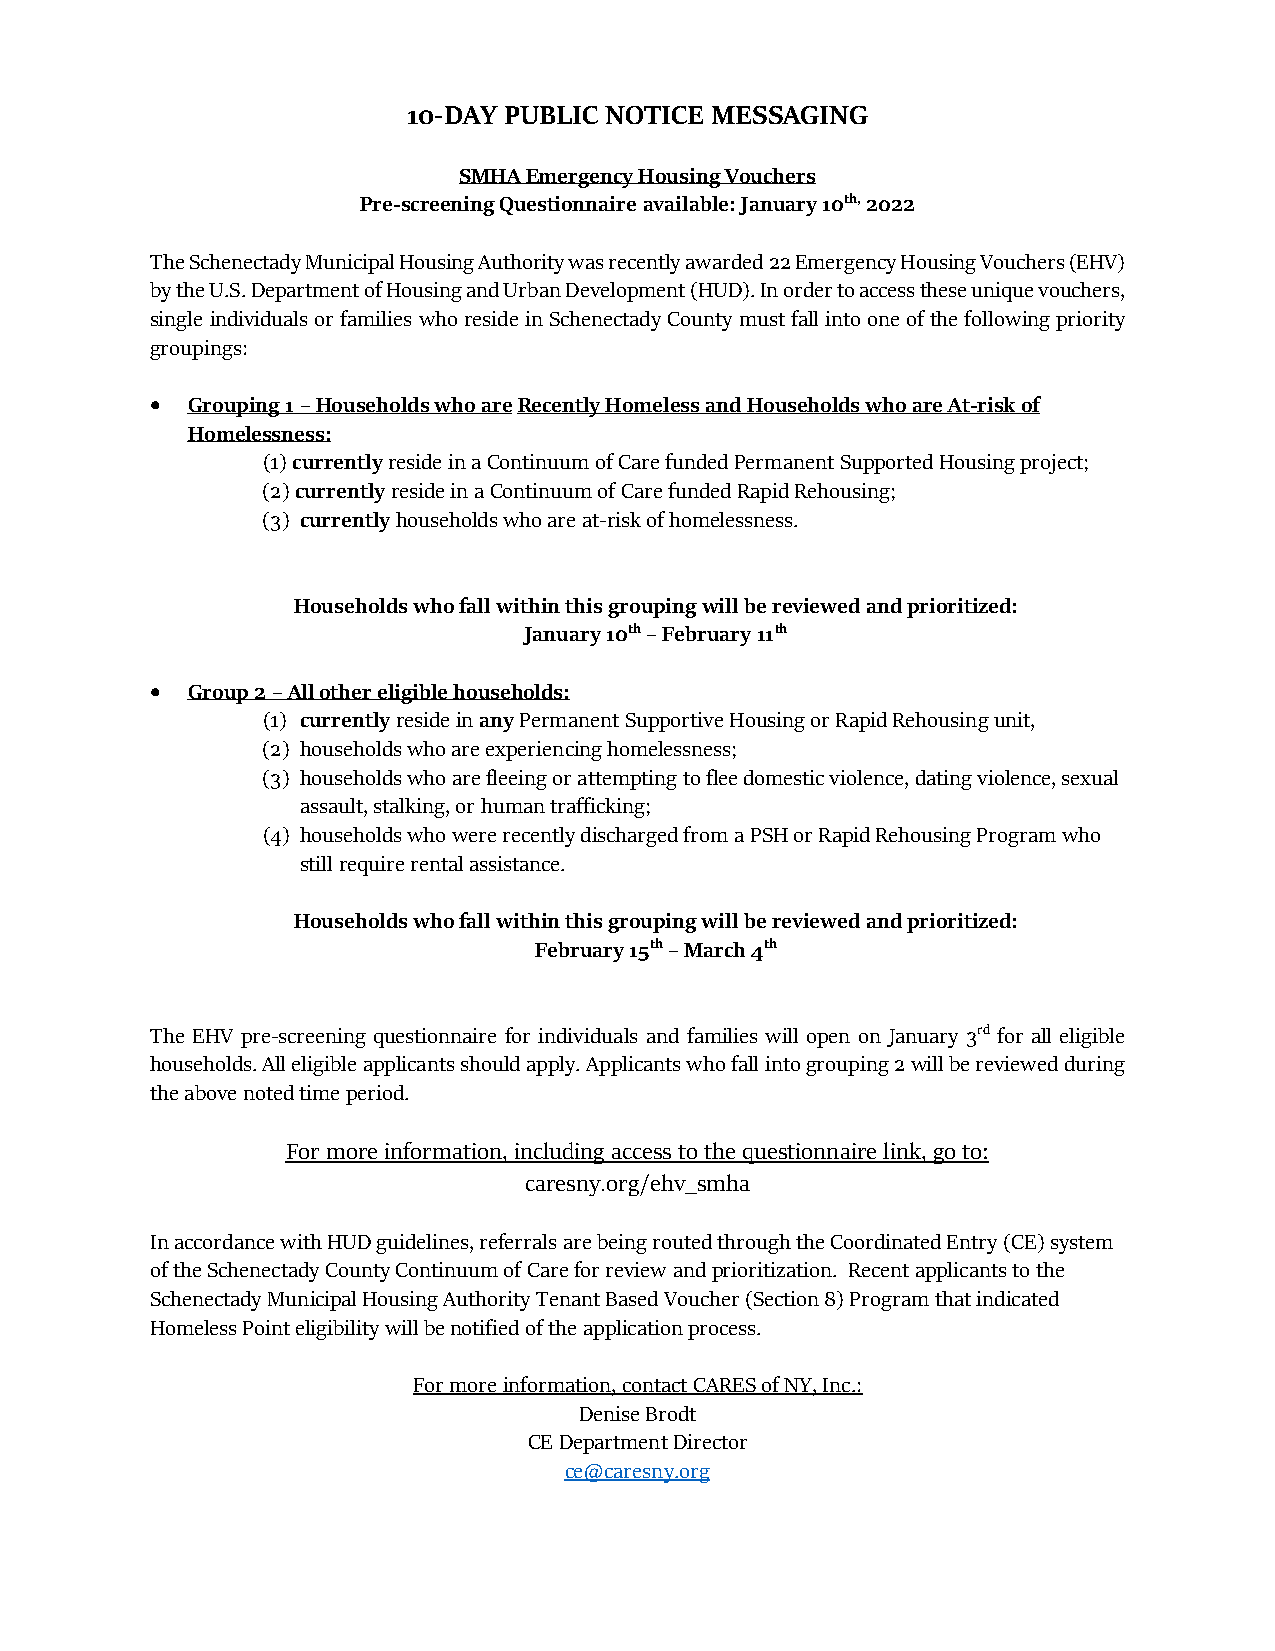
10-DAY PUBLIC NOTICE MESSAGING
 SMHA Emergency Housing Vouchers
 Pre-screening Questionnaire available: January 10th, 2022
 The Schenectady Municipal Housing Authority was recently awarded 22 Emergency Housing Vouchers (EHV)
 by the U.S. Department of Housing and Urban Development (HUD). In order to access these unique vouchers,
 single individuals or families who reside in Schenectady County must fall into one of the following priority
 groupings:
 • Grouping 1 – Households who are Recently Homeless and Households who are At-risk of
 Homelessness:
 (1) currently reside in a Continuum of Care funded Permanent Supported Housing project;
 (2) currently reside in a Continuum of Care funded Rapid Rehousing;
 (3) currently households who are at-risk of homelessness.
 Households who fall within this grouping will be reviewed and prioritized:
 January 10th – February 11th
 • Group 2 – All other eligible households:
 (1) currently reside in any Permanent Supportive Housing or Rapid Rehousing unit,
 (2) households who are experiencing homelessness;
 (3) households who are fleeing or attempting to flee domestic violence, dating violence, sexual
 assault, stalking, or human trafficking;
 (4) households who were recently discharged from a PSH or Rapid Rehousing Program who
 still require rental assistance.
 Households who fall within this grouping will be reviewed and prioritized:
 February 15th – March 4th
 The EHV pre-screening questionnaire for individuals and families will open on January 3rd for all eligible
 households. All eligible applicants should apply. Applicants who fall into grouping 2 will be reviewed during
 the above noted time period.
 For more information, including access to the questionnaire link, go to:
 caresny.org/ehv_smha
 In accordance with HUD guidelines, referrals are being routed through the Coordinated Entry (CE) system
 of the Schenectady County Continuum of Care for review and prioritization. Recent applicants to the
 Schenectady Municipal Housing Authority Tenant Based Voucher (Section 8) Program that indicated
 Homeless Point eligibility will be notified of the application process.
 For more information, contact CARES of NY, Inc.:
 Denise Brodt
 CE Department Director
 ce@caresny.org